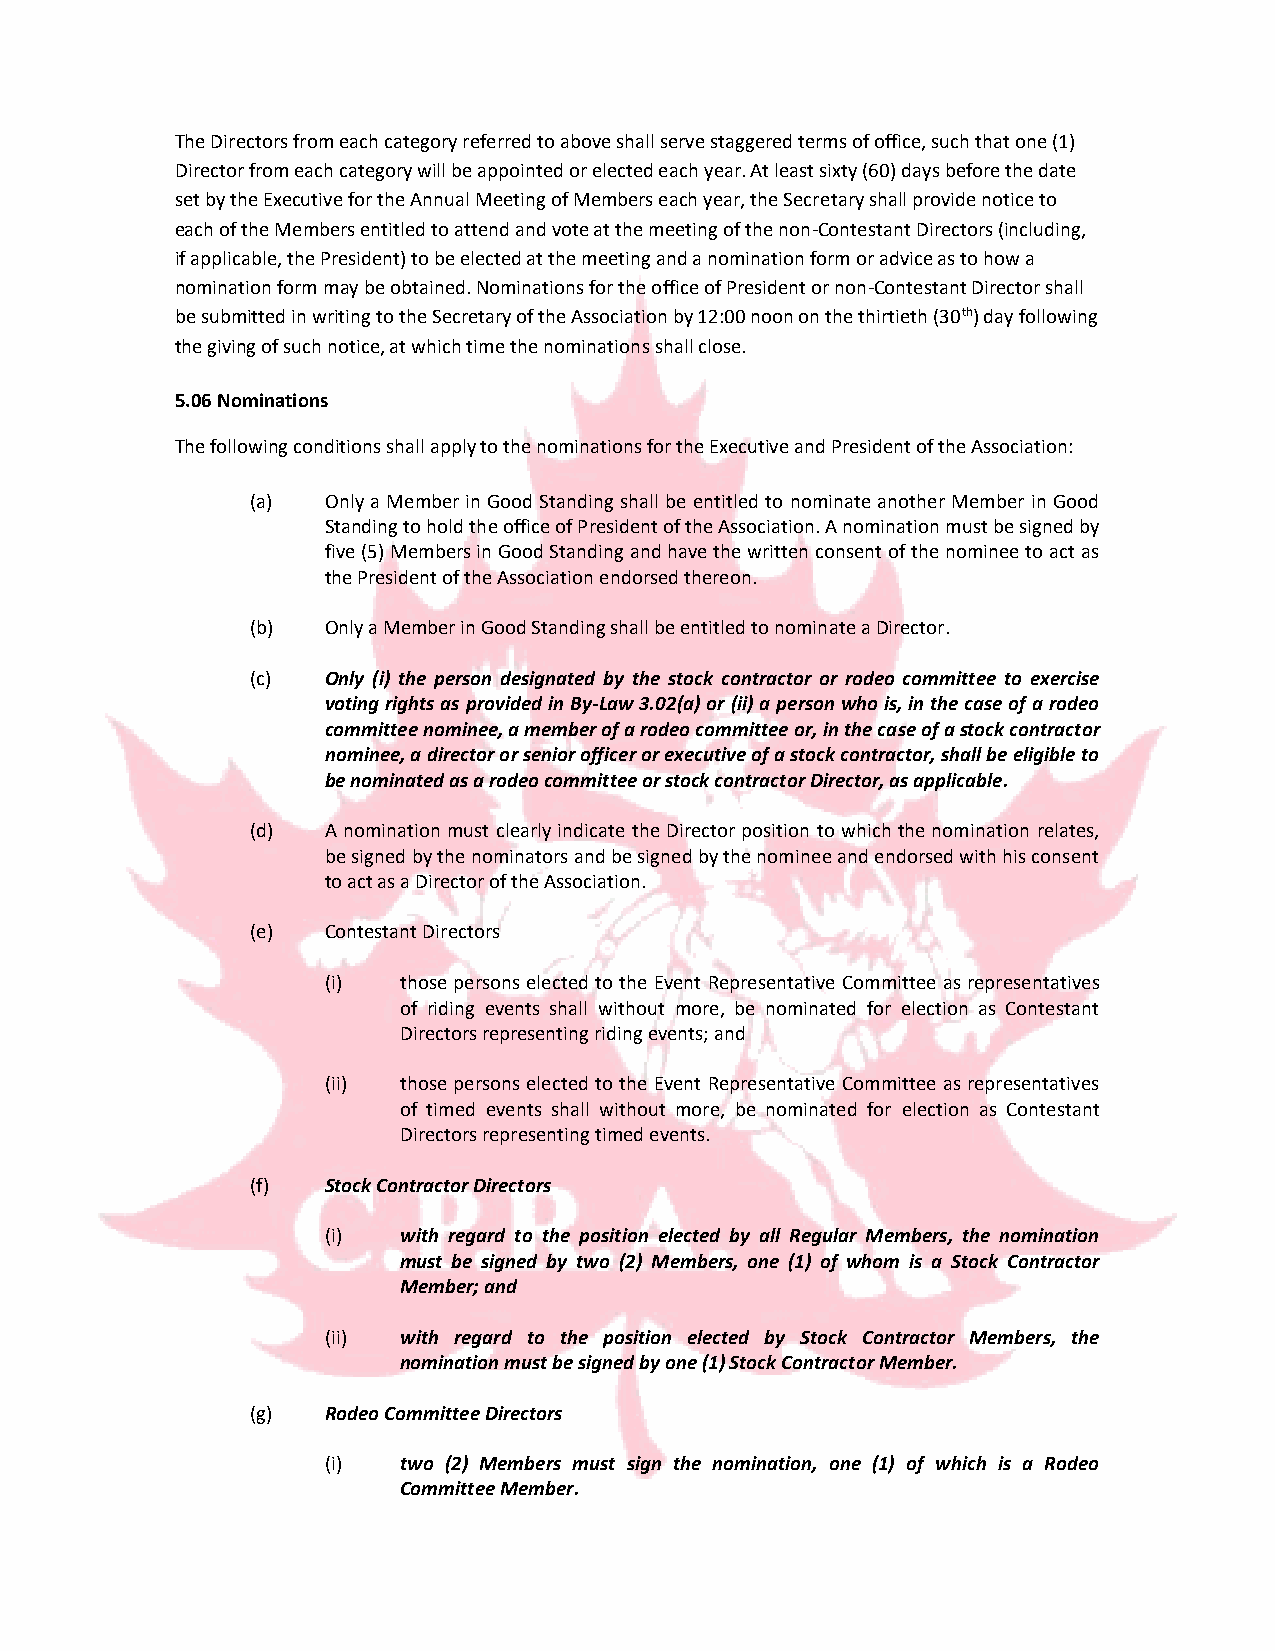
The Directors from each category referred to above shall serve staggered terms of office, such that one (1)
 Director from each category will be appointed or elected each year. At least sixty (60) days before the date
 set by the Executive for the Annual Meeting of Members each year, the Secretary shall provide notice to
 each of the Members entitled to attend and vote at the meeting of the non-Contestant Directors (including,
 if applicable, the President) to be elected at the meeting and a nomination form or advice as to how a
 nomination form may be obtained. Nominations for the office of President or non-Contestant Director shall
 be submitted in writing to the Secretary of the Association by 12:00 noon on the thirtieth (30th) day following
 the giving of such notice, at which time the nominations shall close.
 5.06 Nominations
 The following conditions shall apply to the nominations for the Executive and President of the Association:
 (a)  Only a Member in Good Standing shall be entitled to nominate another Member in Good
 Standing to hold the office of President of the Association. A nomination must be signed by
 five (5) Members in Good Standing and have the written consent of the nominee to act as
 the President of the Association endorsed thereon.
 (b)  Only a Member in Good Standing shall be entitled to nominate a Director.
 (c)  Only (i) the person designated by the stock contractor or rodeo committee to exercise
 voting rights as provided in By-Law 3.02(a) or (ii) a person who is, in the case of a rodeo
 committee nominee, a member of a rodeo committee or, in the case of a stock contractor
 nominee, a director or senior officer or executive of a stock contractor, shall be eligible to
 be nominated as a rodeo committee or stock contractor Director, as applicable.
 (d)  A nomination must clearly indicate the Director position to which the nomination relates,
 be signed by the nominators and be signed by the nominee and endorsed with his consent
 to act as a Director of the Association.
 (e)  Contestant Directors
 (i) those persons elected to the Event Representative Committee as representatives
 of riding events shall without more, be nominated for election as Contestant
 Directors representing riding events; and
 (ii) those persons elected to the Event Representative Committee as representatives
 of timed events shall without more, be nominated for election as Contestant
 Directors representing timed events.
 (f)  Stock Contractor Directors
 (i) with regard to the position elected by all Regular Members, the nomination
 must be signed by two (2) Members, one (1) of whom is a Stock Contractor
 Member; and
 (ii) with regard to the position elected by Stock Contractor Members, the
 nomination must be signed by one (1) Stock Contractor Member.
 (g)  Rodeo Committee Directors
 (i) two (2) Members must sign the nomination, one (1) of which is a Rodeo
 Committee Member.